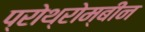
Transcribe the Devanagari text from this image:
प्रोथ्रोम्बीन